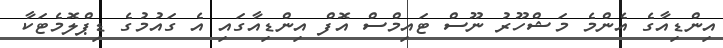
އިންޑިއާގެ އެންމެ މަޝްހޫރު ނޫސް ޓައިމްސް އޮފް އިންޑިއާގައި އެ ގައުމުގެ ޑިޕްލޮމެޓަކާ